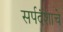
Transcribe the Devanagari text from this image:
सर्पदंशाचे